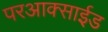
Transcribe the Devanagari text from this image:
परआक्साईड